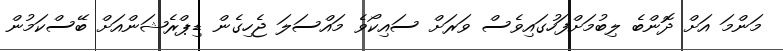
މަންމަ އަށް ދޮންބެ ލިބުމަށްފަހުގައިވެސް ވަރަށް ސައިކޯވެ މައްސަލަ ޖެހިގެން ޑިޕްރެޝަންއަށް ބޭސްކަމުން